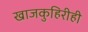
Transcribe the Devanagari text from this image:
खाजकुहिरीही